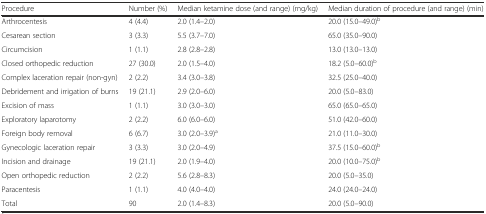
<table><thead><tr><td><b>Procedure</b></td><td><b>Number (%)</b></td><td><b>Median ketamine dose (and range) (mg/kg)</b></td><td><b>Median duration of procedure (and range) (min)</b></td></tr></thead><tbody><tr><td>Arthrocentesis</td><td>4 (4.4)</td><td>2.0 (1.4–2.0)</td><td>20.0 (15.0–49.0)<sup>b</sup></td></tr><tr><td>Cesarean section</td><td>3 (3.3)</td><td>5.5 (3.7–7.0)</td><td>65.0 (35.0–90.0)</td></tr><tr><td>Circumcision</td><td>1 (1.1)</td><td>2.8 (2.8–2.8)</td><td>13.0 (13.0–13.0)</td></tr><tr><td>Closed orthopedic reduction</td><td>27 (30.0)</td><td>2.0 (1.5–4.0)</td><td>18.2 (5.0–60.0)<sup>b</sup></td></tr><tr><td>Complex laceration repair (non-gyn)</td><td>2 (2.2)</td><td>3.4 (3.0–3.8)</td><td>32.5 (25.0–40.0)</td></tr><tr><td>Debridement and irrigation of burns</td><td>19 (21.1)</td><td>2.9 (2.0–6.0)</td><td>20.0 (5.0–83.0)</td></tr><tr><td>Excision of mass</td><td>1 (1.1)</td><td>3.0 (3.0–3.0)</td><td>65.0 (65.0–65.0)</td></tr><tr><td>Exploratory laparotomy</td><td>2 (2.2)</td><td>6.0 (6.0–6.0)</td><td>51.0 (42.0–60.0)</td></tr><tr><td>Foreign body removal</td><td>6 (6.7)</td><td>3.0 (2.0–3.9)<sup>a</sup></td><td>21.0 (11.0–30.0)</td></tr><tr><td>Gynecologic laceration repair</td><td>3 (3.3)</td><td>3.0 (2.0–4.9)</td><td>37.5 (15.0–60.0)<sup>b</sup></td></tr><tr><td>Incision and drainage</td><td>19 (21.1)</td><td>2.0 (1.9–4.0)</td><td>20.0 (10.0–75.0)<sup>b</sup></td></tr><tr><td>Open orthopedic reduction</td><td>2 (2.2)</td><td>5.6 (2.8–8.3)</td><td>20.0 (5.0–35.0)</td></tr><tr><td>Paracentesis</td><td>1 (1.1)</td><td>4.0 (4.0–4.0)</td><td>24.0 (24.0–24.0)</td></tr><tr><td>Total</td><td>90</td><td>2.0 (1.4–8.3)</td><td>20.0 (5.0–90.0)</td></tr></tbody></table>